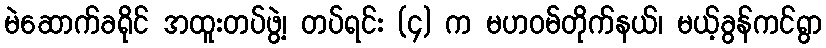
မဲဆောက်ခရိုင် အထူးတပ်ဖွဲ့၊ တပ်ရင်း (၄) က မဟဝမ်တိုက်နယ်၊ မယ့်ခွန်ကင်ရွာ